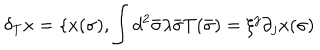
LaTeX: \delta _ { T } x = \{ x ( \sigma ) , \int { } d ^ { 2 } \bar { \sigma } \lambda \bar { \sigma } T ( \bar { \sigma } ) = \xi ^ { j } \partial _ { j } x ( \sigma )